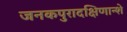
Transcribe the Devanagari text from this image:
जनकपुरादक्षिणान्शे